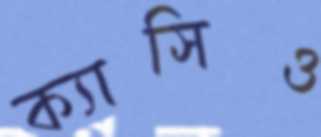
ক্যাসিও